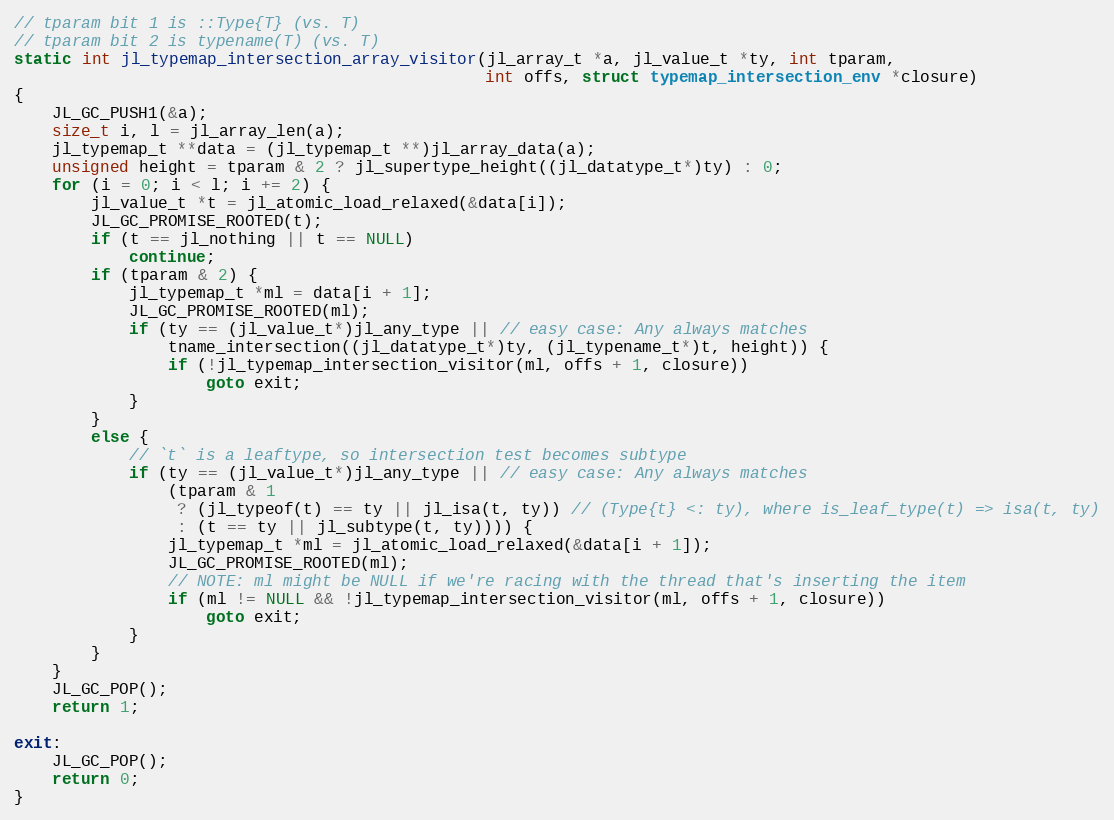
Language: C
// tparam bit 1 is ::Type{T} (vs. T)
// tparam bit 2 is typename(T) (vs. T)
static int jl_typemap_intersection_array_visitor(jl_array_t *a, jl_value_t *ty, int tparam,
                                                 int offs, struct typemap_intersection_env *closure)
{
    JL_GC_PUSH1(&a);
    size_t i, l = jl_array_len(a);
    jl_typemap_t **data = (jl_typemap_t **)jl_array_data(a);
    unsigned height = tparam & 2 ? jl_supertype_height((jl_datatype_t*)ty) : 0;
    for (i = 0; i < l; i += 2) {
        jl_value_t *t = jl_atomic_load_relaxed(&data[i]);
        JL_GC_PROMISE_ROOTED(t);
        if (t == jl_nothing || t == NULL)
            continue;
        if (tparam & 2) {
            jl_typemap_t *ml = data[i + 1];
            JL_GC_PROMISE_ROOTED(ml);
            if (ty == (jl_value_t*)jl_any_type || // easy case: Any always matches
                tname_intersection((jl_datatype_t*)ty, (jl_typename_t*)t, height)) {
                if (!jl_typemap_intersection_visitor(ml, offs + 1, closure))
                    goto exit;
            }
        }
        else {
            // `t` is a leaftype, so intersection test becomes subtype
            if (ty == (jl_value_t*)jl_any_type || // easy case: Any always matches
                (tparam & 1
                 ? (jl_typeof(t) == ty || jl_isa(t, ty)) // (Type{t} <: ty), where is_leaf_type(t) => isa(t, ty)
                 : (t == ty || jl_subtype(t, ty)))) {
                jl_typemap_t *ml = jl_atomic_load_relaxed(&data[i + 1]);
                JL_GC_PROMISE_ROOTED(ml);
                // NOTE: ml might be NULL if we're racing with the thread that's inserting the item
                if (ml != NULL && !jl_typemap_intersection_visitor(ml, offs + 1, closure))
                    goto exit;
            }
        }
    }
    JL_GC_POP();
    return 1;

exit:
    JL_GC_POP();
    return 0;
}